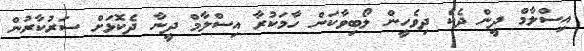
އިސްލާމް ދީން ދެކެ ދިވެހީން ލޯބިވާކަން ހާމަކުރާ އިސްލާމް ދީނާ ދެކޮޅަށް ސަރުކާރުން